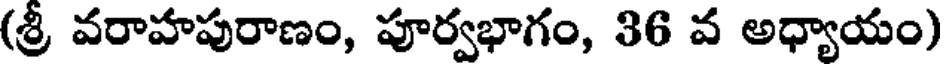
(శ్రీ వరాహపురాణం, పూర్వభాగం, 36 వ అధ్యాయం)